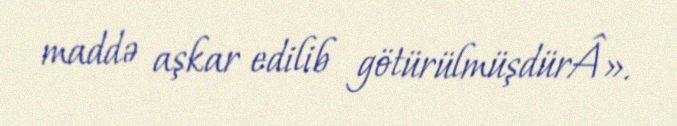
maddə aşkar edilib götürülmüşdürÂ».